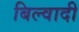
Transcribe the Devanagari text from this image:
बिल्वादी